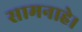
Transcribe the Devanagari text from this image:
सामनाहे।